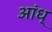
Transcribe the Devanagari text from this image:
आंध्